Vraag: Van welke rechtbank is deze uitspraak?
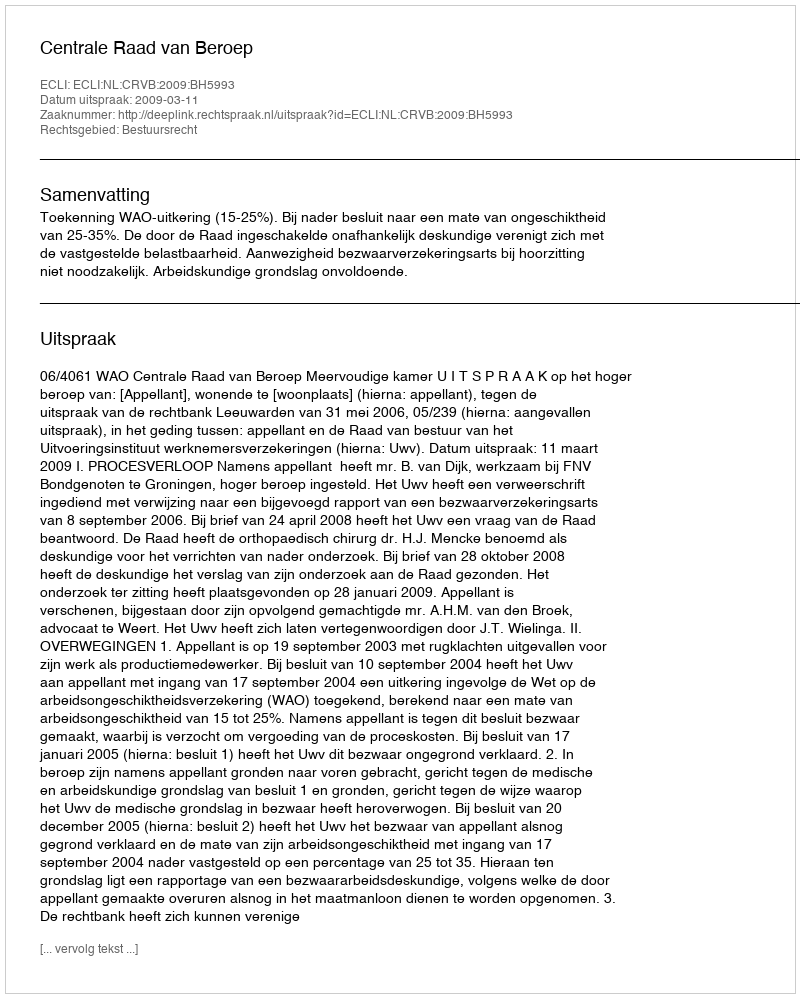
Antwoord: Centrale Raad van Beroep